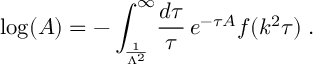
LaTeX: \mathrm { l o g } ( A ) = - \int _ { \frac { 1 } { \Lambda ^ { 2 } } } ^ { \infty } \! \frac { d \tau } { \tau } \, e ^ { - \tau A } f ( k ^ { 2 } \tau ) \; .